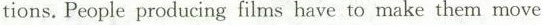
tions.People producing films have to make them move